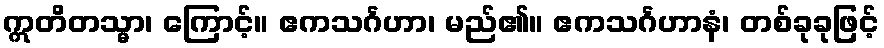
ဣတိတသ္မာ၊ ကြောင့်။ ဧကသင်္ဂဟာ၊ မည်၏။ ဧကသင်္ဂဟာနံ၊ တစ်ခုခုဖြင့်